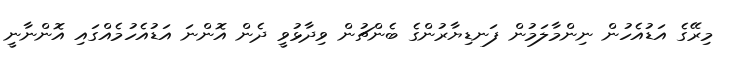
މިރޭގެ އަޑުއެހުން ނިންމާލަމުން ފަނޑިޔާރުންގެ ބެންޗުން ވިދާޅުވީ ދެން އޮންނަ އަޑުއެހުމެއްގައި އޮންނާނީ